Report on the lunatic asylums under the Government of Bombay - 1904-1913
Year: 1904
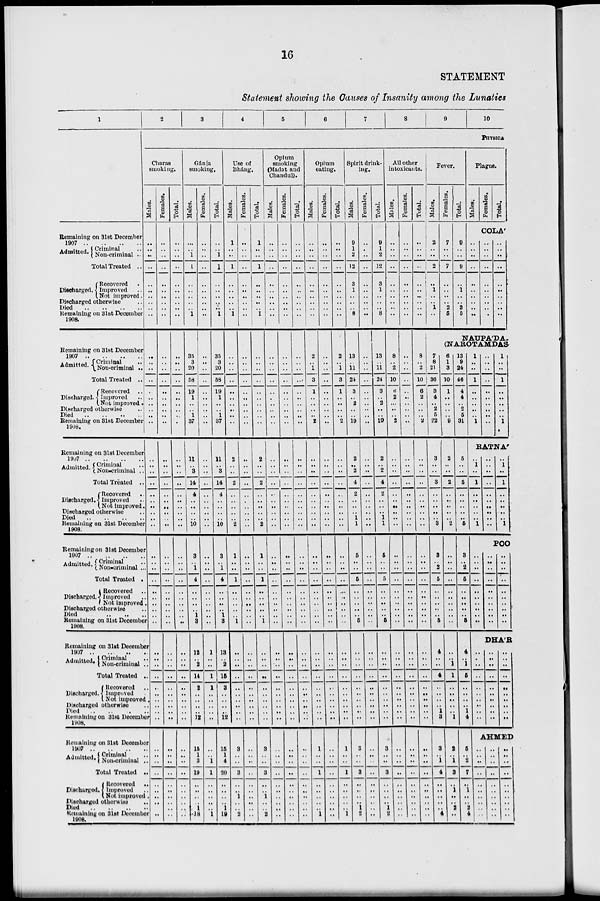
16
STATEMENT
Statement showing the Causes of Insanity among the Lunatics
1
Remaining on 31st December
1907 .. .. .. ..
Admitted. Criminal ..
Non-criminal ..
Total Treated ..
Discharged.
Recovered ..
Improved ..
Not improved.
Discharged otherwise ..
Died .. .. .. ..
Remaining on 31st December
1908.
Remaining on 31st December
1907 .. .. .. ..
Admitted. Criminal ..
Non-criminal ..
Total Treated ..
Discharged.
Recovered ..
Improved ..
Not improved.
Discharged otherwise ..
Died .. .. .. ..
Remaining on 31st December
1908.
Remaining on 31st December
1907 .. .. .. ..
Admitted. Criminal ..
Non-criminal ..
Total Treated ..
Discharged.
Recovered..
Improved ..
Not improved.
Discharged otherwise ..
Died .. .. .. ..
Remaining on 31st December
1908.
Remaining on 31st December
1907 .. .. .. ..
Admitted. Criminal ..
Non-criminal ..
Total Treated .
Discharged.
Recovered ..
Improved ..
Not improved ..
Discharged otherwise ..
Died .. .. ..
Remaining on 31st December
1908.
Remaining on 31st December
1907 .. .. .. ..
Admitted. Criminal ..
Non-criminal ..
Total Treated ..
Discharged.
Recovered ..
Improved ..
Not improved ..
Discharged otherwise ..
Died .. .. .. ..
Remaining on 31st December
1908.
Remaining on 31st December
1907 .. .. .. ..
Admitted. Criminal ..
Non-criminal ..
Total Treated ..
Discharged.
Recovered ..
Improved ..
Not improved ..
Discharged otherwise ..
Died .. .. .. ..
Remaining on 31st December
1908.
2
3
4
5
6
7
8
9
10
PHYSICA
Charas
smoking.
Males.
..
..
..
..
..
..
..
..
..
..
..
..
..
..
..
..
..
..
..
..
..
..
..
..
..
..
..
..
..
..
..
..
..
..
..
..
..
..
..
..
..
..
..
..
..
..
..
..
..
..
..
..
..
..
..
..
..
..
..
..
Females.
..
..
..
..
..
..
..
..
..
..
..
..
..
..
..
..
..
..
..
..
..
..
..
..
..
..
..
..
..
..
..
..
..
..
..
..
..
..
..
..
..
..
..
..
..
..
..
..
..
..
..
..
..
..
..
..
..
..
..
Total.
..
..
..
..
..
..
..
..
..
..
..
..
..
..
..
..
..
..
..
..
..
..
..
..
..
..
..
..
..
..
..
..
..
..
..
..
..
..
..
..
..
..
..
..
..
..
..
..
..
..
..
..
..
..
..
..
..
..
..
..
Gánja
smoking.
Males.
..
..
1
1
..
..
..
..
..
1
35
3
20
58
19
1
..
..
1
37
11
..
3
14
4
..
..
..
..
10
3
..
1
4
..
..
..
..
1
3
12
..
2
14
2
..
..
..
..
12
15
1
3
19
..
..
..
..
1
18
Females.
..
..
..
..
..
..
..
..
..
..
..
..
..
..
..
..
..
..
..
..
..
..
..
..
..
..
..
..
..
..
..
..
..
..
..
..
..
..
..
..
1
..
..
1
1
..
..
..
..
..
..
..
1
1
..
..
..
..
..
1
Total.
..
..
1
1
..
..
..
..
..
1
35
3
20
58
19
1
..
..
1
37
11
..
3
14
4
..
..
..
..
10
3
..
1
4
..
..
..
..
1
3
13
..
2
15
3
..
..
..
..
12
15
1
4
20
..
..
..
..
1
19
Use of
Bháng.
Males.
1
..
..
1
..
..
..
..
..
1
..
..
..
..
..
..
..
..
..
..
2
..
..
2
..
..
..
..
..
2
1
..
..
1
..
..
..
..
..
1
..
..
..
..
..
..
..
..
..
..
3
..
..
3
..
..
1
..
..
2
Females.
..
..
..
..
..
..
..
..
..
..
..
..
..
..
..
..
..
..
..
..
..
..
..
..
..
..
..
..
..
..
..
..
..
..
..
..
..
..
..
..
..
..
..
..
..
..
..
..
..
..
..
..
..
..
..
..
..
..
..
..
Total.
1
..
..
1
..
..
..
..
..
1
..
..
..
..
..
..
..
..
..
..
2
..
..
2
..
..
..
..
..
2
1
..
..
1
..
..
..
..
..
1
..
..
..
..
..
..
..
..
..
..
3
..
..
3
..
..
1
..
..
2
Opium
smoking
(Madat and
Chandul).
Males.
..
..
..
..
..
..
..
..
..
..
..
..
..
..
..
..
..
..
..
..
..
..
..
..
..
..
..
..
..
..
..
..
..
..
..
..
..
..
..
..
..
..
..
..
..
..
..
..
..
..
..
..
..
..
..
..
..
..
..
..
Females.
..
..
..
..
..
..
..
..
..
..
..
..
..
..
..
..
..
..
..
..
..
..
..
..
..
..
..
..
..
..
..
..
..
..
..
..
..
..
..
..
..
..
..
..
..
..
..
..
..
..
..
..
..
..
..
..
..
..
..
..
Total.
..
..
..
..
..
..
..
..
..
..
..
..
..
..
..
..
..
..
..
..
..
..
..
..
..
..
..
..
..
..
..
..
..
..
..
..
..
..
..
..
..
..
..
..
..
..
..
..
..
..
..
..
..
..
..
..
..
..
..
..
Opium
eating.
Males.
..
..
..
..
..
..
..
..
..
..
2
..
1
3
1
..
..
..
..
2
..
..
..
..
..
..
..
..
..
..
..
..
..
..
..
..
..
..
..
..
..
..
..
..
..
..
..
..
..
..
1
..
..
1
..
..
..
..
..
1
Females.
..
..
..
..
..
..
..
..
..
..
..
..
..
..
..
..
..
..
..
..
..
..
..
..
..
..
..
..
..
..
..
..
..
..
..
..
..
..
..
..
..
..
..
..
..
..
..
..
..
..
..
..
..
..
..
..
..
..
..
..
Total.
..
..
..
..
..
..
..
..
..
..
2
..
1
3
1
..
..
..
..
2
..
..
..
..
..
..
..
..
..
..
..
..
..
..
..
..
..
..
..
..
..
..
..
..
..
..
..
..
..
..
1
..
..
1
..
..
..
..
..
1
Spirit drink-
ing.
Males.
9
1
2
12
3
1
..
..
..
8
13
..
11
24
3
..
2
..
..
19
2
..
2
4
2
..
..
..
1
1
5
..
..
5
..
..
..
..
..
5
..
..
..
..
..
..
..
..
..
..
3
..
..
3
..
..
..
..
1
2
Females.
..
..
..
..
..
..
..
..
..
..
..
..
..
..
..
..
..
..
..
..
..
..
..
..
..
..
..
..
..
..
..
..
..
..
..
..
..
..
..
..
..
..
..
..
..
..
..
..
..
..
..
..
..
..
..
..
..
..
..
..
Total.
9
1
2
12
3
1
..
..
..
8
13
..
11
24
3
..
2
..
..
19
2
..
2
4
2
..
..
..
1
1
5
..
..
5
..
..
..
..
..
5
..
..
..
..
..
..
..
..
..
..
3
..
..
3
..
..
..
..
1
2
All other
intoxicants.
Males.
..
..
..
..
..
..
..
..
..
..
8
..
2
10
6
2
..
..
..
2
..
..
..
..
..
..
..
..
..
..
..
..
..
..
..
..
..
..
..
..
..
..
..
..
..
..
..
..
..
..
..
..
..
..
..
..
..
..
..
..
Females.
..
..
..
..
..
..
..
..
..
..
..
..
..
..
..
..
..
..
..
..
..
..
..
..
..
..
..
..
..
..
..
..
..
..
..
..
..
..
..
..
..
..
..
..
..
..
..
..
..
..
..
..
..
..
..
..
..
..
..
..
Total.
..
..
..
..
..
..
..
..
..
..
8
..
2
10
6
2
..
..
..
2
..
..
..
..
..
..
..
..
..
..
..
..
..
..
..
..
..
..
..
..
..
..
..
..
..
..
..
..
..
..
..
..
..
..
..
..
..
..
..
..
Fever.
Males.
2
..
..
2
..
1
..
..
1
..
Females.
7
..
..
7
..
..
..
..
2
5
Total.
9
..
..
9
..
1
..
..
3
5
Plague.
Males.
Females.
Total.
COLA'
..
..
..
..
..
..
..
..
..
..
..
..
..
..
..
..
..
..
..
..
..
..
..
..
..
..
..
..
..
..
NAUPA'DA
(NAROTAMDAS
7
8
21
36
3
4
..
2
5
22
3
..
3
..
..
..
..
..
3
3
..
2
5
..
..
..
..
..
5
4
..
..
4
..
..
..
..
1
3
3
..
1
4
..
..
..
..
..
4
6
1
3
10
1
..
..
..
..
9
2
..
..
2
..
..
..
..
..
2
..
..
..
..
..
..
..
..
..
..
..
..
1
1
..
..
..
..
..
1
2
..
1
3
..
1
..
..
2
..
13
9
24
46
4
4
..
2
5
31
5
..
..
5
..
..
..
..
..
5
3
..
2
5
..
..
..
..
..
5
4
..
1
5
..
..
..
..
1
4
5
..
2
7
..
1
..
..
2
4
1
..
..
1
..
..
..
..
..
1
..
..
..
..
..
..
..
..
..
..
1
..
..
1
..
..
..
..
..
1
RATNA'
..
1
..
1
..
..
..
..
.. 1
..
..
..
..
..
..
..
..
..
..
..
1
..
1
..
..
..
..
..
1
POO
..
..
..
..
..
..
..
..
..
..
..
..
..
..
..
..
..
..
..
..
..
..
..
..
..
..
..
..
..
..
DHA'R
..
..
..
..
..
..
..
..
..
..
..
..
..
..
..
..
..
..
..
..
..
..
..
..
..
..
..
..
..
..
AHMED
..
..
..
..
..
..
..
..
..
..
..
..
..
..
..
..
..
..
..
..
..
..
..
..
..
..
..
..
..
..